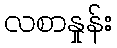
လစာနှုန်း